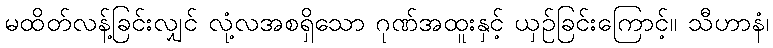
မထိတ်လန့်ခြင်းလျှင် လုံ့လအစရှိသော ဂုဏ်အထူးနှင့် ယှဉ်ခြင်းကြောင့်။ သီဟာနံ၊